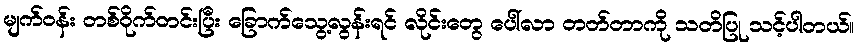
မျက်ဝန်း တစ်ဝိုက်တင်းပြီး ခြောက်သွေ့လွန်းရင် လိုင်းတွေ ပေါ်လာ တတ်တာကို သတိပြု သင့်ပါတယ်။